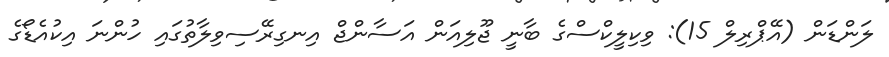
ލަންޑަން (އޭޕްރިލް 15): ވިކިލީކްސްގެ ބާނީ ޖޫލިއަން އަސާންޖް އިނގިރޭސިވިލާތުގައި ހުންނަ އިކުއެޑޯގެ